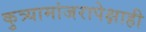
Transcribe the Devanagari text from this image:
कुत्र्यामांजरापेक्षाही